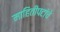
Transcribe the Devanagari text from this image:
माहितीपटांचे